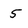
Character: 5